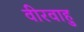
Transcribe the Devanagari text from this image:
वीरवाहु